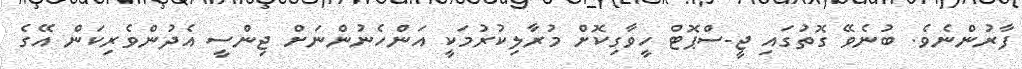
ފާރުންނެވެ. ބުނެވޭ ގޮތުގައި ޖީ-ސްޕޮޓް ހީވާގިކޮށް މުރާލިކުރުމަކީ އަންހެނުންނަށް ޖިންސީ އެދުންވެރިކަން އޭގެ